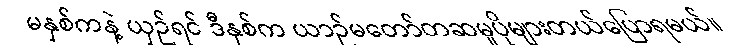
မနှစ်ကနဲ့ ယှဉ်ရင် ဒီနှစ်က ယာဉ်မတော်တဆမှုပိုများတယ်ပြောရမယ်။